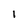
Character: I